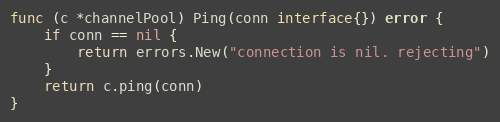
Language: Go
func (c *channelPool) Ping(conn interface{}) error {
	if conn == nil {
		return errors.New("connection is nil. rejecting")
	}
	return c.ping(conn)
}